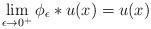
LaTeX: \begin{align*}\lim\limits_{\epsilon \to 0^+} \phi_{\epsilon} \ast u(x) = u(x) \end{align*}